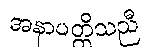
အနာပတ္တိသညီ